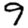
Digit: 9